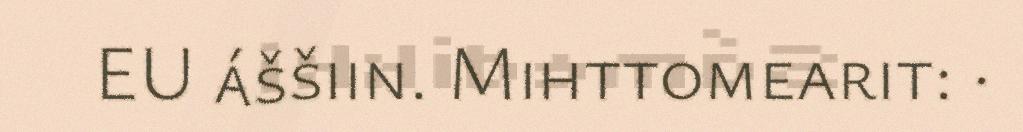
EU áššiin. Mihttomearit: ·